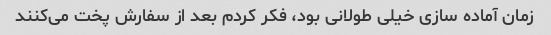
زمان آماده سازی خیلی طولانی بود، فکر کردم بعد از سفارش پخت می‌کنند